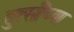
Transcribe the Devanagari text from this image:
तुत्‍सींच्‍या